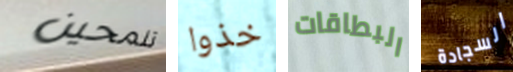
تلمحين خذوا البطاقات السجادة